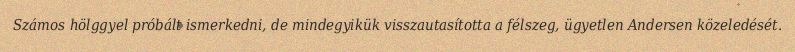
Számos hölggyel próbált ismerkedni, de mindegyikük visszautasította a félszeg, ügyetlen Andersen közeledését.